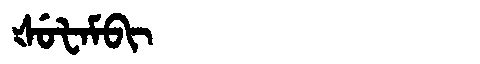
Manchu: ᡧᡠᡶᠠᠮᠪᡳ
Romanization: ŠUFAMBI